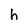
Character: h